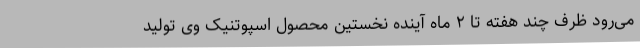
می‌رود ظرف چند هفته تا ۲ ماه آینده نخستین محصول اسپوتنیک وی تولید